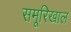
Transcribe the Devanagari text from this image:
समूरिखाल